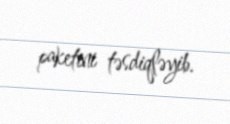
paketini təsdiqləyib.